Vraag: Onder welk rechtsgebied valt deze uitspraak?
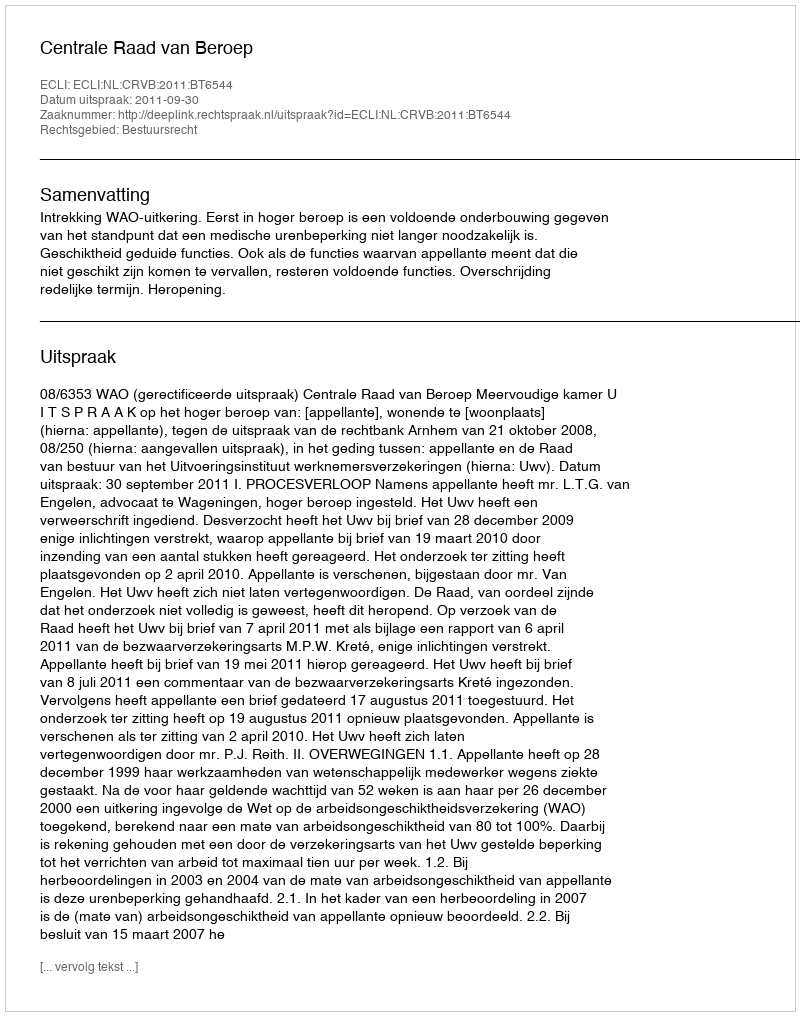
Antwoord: Bestuursrecht